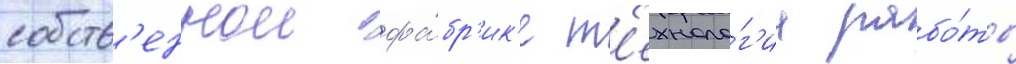
собств'еннои фа́бр'ик'е т'ехноло́г'иа рабо́ты